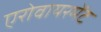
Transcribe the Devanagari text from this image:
एरोवायरमेंट